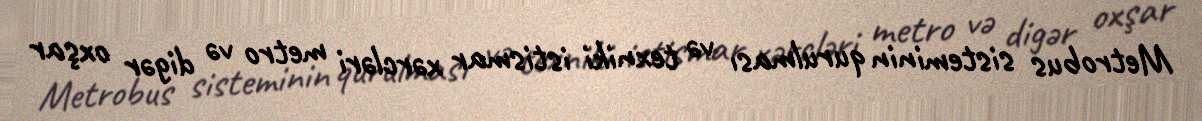
Metrobus sisteminin qurulması və texniki istismar xərcləri metro və digər oxşar